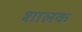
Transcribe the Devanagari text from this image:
शालक